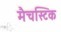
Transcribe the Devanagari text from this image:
मैचस्टिक